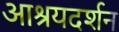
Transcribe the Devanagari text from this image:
आश्रयदर्शन